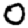
Digit: 0